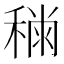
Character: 𥡎